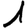
Digit: 1